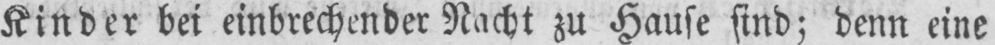
Kinder bei einbrechender Nacht zu Hause sind; denn eine